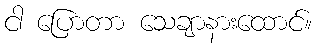
ငါ ပြောတာ သေချာနားထောင်။